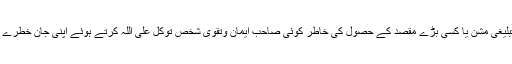
لیکن اگرکبھی کسی کے جبر کرنے پر(مظلوماً) یا اپنی کسی خاص حکمت عملی یا کسی تبلیغی مشن یا کسی بڑے مقصد کے حصول کی خاطر کوئی صاحب ایمان وتقویٰ شخص توکل علی اللہ کرتے ہوئے اپنی جان خطرے میں ڈالتاہے تو پھر رب ضرور حفاظت بھی کرے گا اورایساکرنے والے کو سرخرو بھی۔